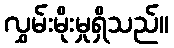
လွှမ်းမိုးမှုရှိသည်။